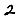
Digit: 2